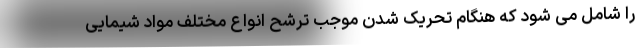
را شامل می شود که هنگام تحریک شدن موجب ترشح انواع مختلف مواد شیمایی